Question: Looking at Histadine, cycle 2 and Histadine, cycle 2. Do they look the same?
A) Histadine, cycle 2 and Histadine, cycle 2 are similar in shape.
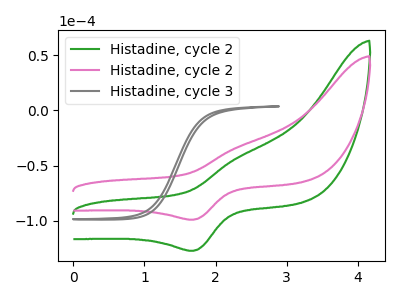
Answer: <think>The green curve "Histadine, cycle 2" has an anodic peak at (2.30V, -42.65uA) and a cathodic peak at (1.70V, -127.25uA). The pink curve "Histadine, cycle 2" has an anodic peak at (2.30V, -33.20uA) and a cathodic peak at (1.70V, -99.05uA). The gray curve "Histadine, cycle 3" has no peaks.
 All the peaks in "Histadine, cycle 2" have a peak in "Histadine, cycle 2" at the same potential.</think>
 <answer>A) "Histadine, cycle 2" and "Histadine, cycle 2" are similar in shape.</answer>
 <eval>A</eval>